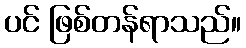
ပင် ဖြစ်တန်ရာသည်။